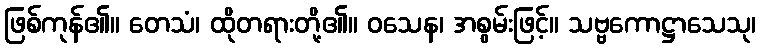
ဖြစ်ကုန်၏။ တေသံ၊ ထိုတရားတို့၏။ ဝသေန၊ အစွမ်းဖြင့်။ သဗ္ဗကောဋ္ဌာသေသု၊